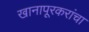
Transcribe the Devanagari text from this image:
खानापूरकरांचा